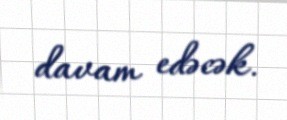
davam edəcək.